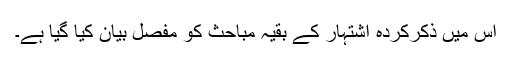
اس میں ذکرکردہ اشتہار کے بقیہ مباحث کو مفصل بیان کیا گیا ہے۔